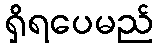
ရှိရပေမည်